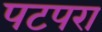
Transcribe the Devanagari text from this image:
पटपरा